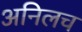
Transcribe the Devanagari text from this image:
अनिलच